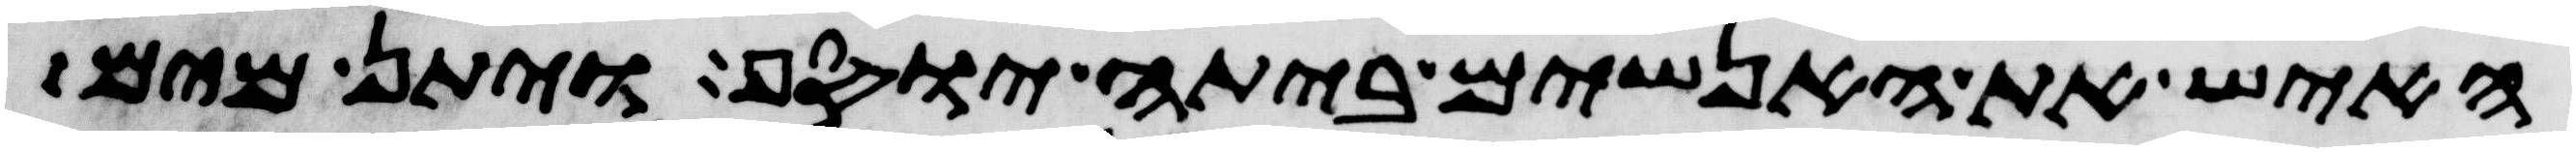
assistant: האיש את האנשים ביתה יוסף ויתן מים